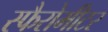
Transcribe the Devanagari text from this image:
स्फैरोमीटर